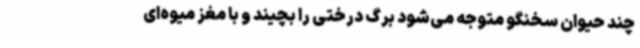
چند حیوان سخنگو متوجه می‌شود برگ درختی را بچیند و با مغز میوه‌ای